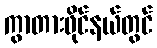
ကွာတားဖိုင်နယ်တွင်